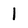
Character: 1